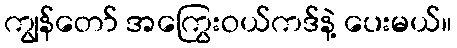
ကျွန်တော် အကြွေးဝယ်ကဒ်နဲ့ ပေးမယ်။